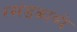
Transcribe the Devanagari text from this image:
रखंडकाव्ये